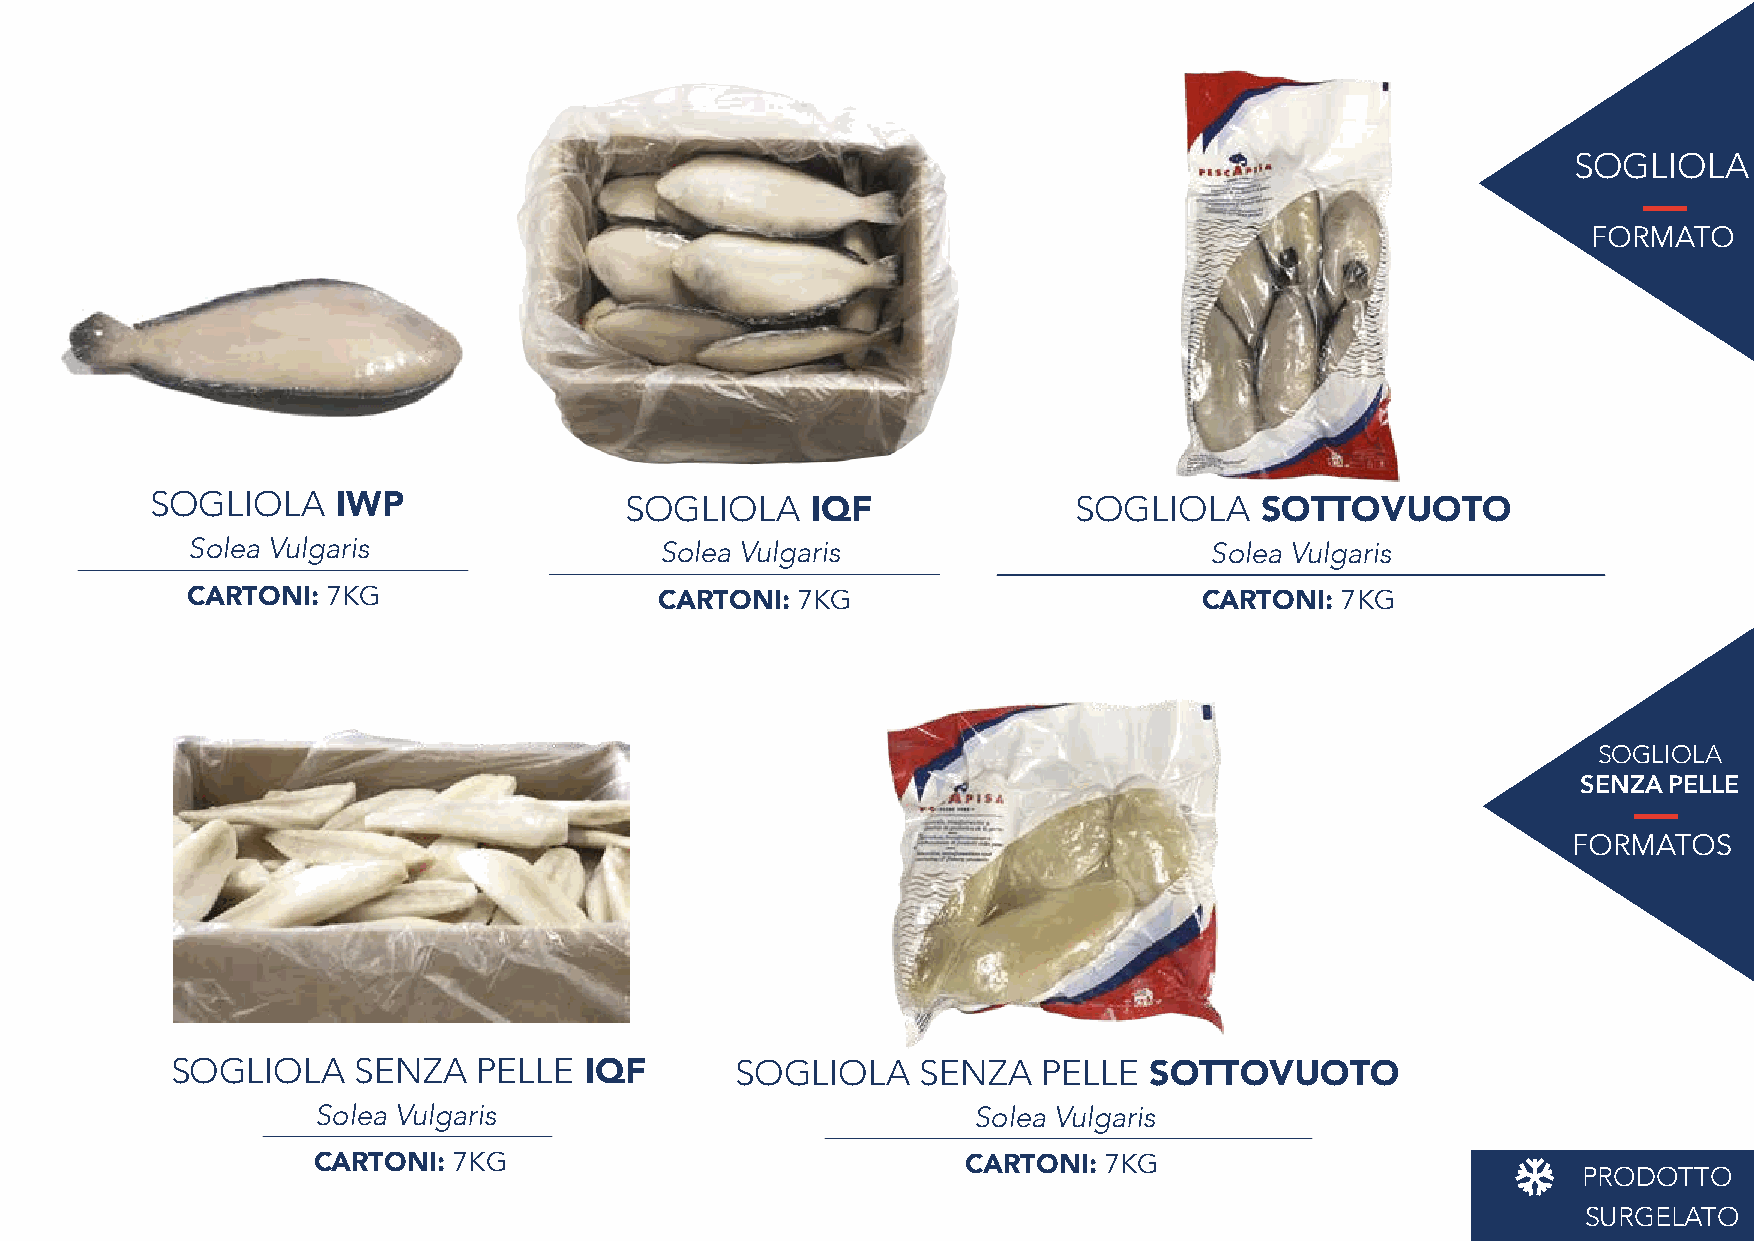
SOGLIOLA
 FORMATO
 SOGLIOLA    IWP                SOGLIOLA     IQF              SOGLIOLA    SOTTOVUOTO
 Solea Vulgaris                  Solea Vulgaris                      Solea Vulgaris
 CARTONI:  7KG                   CARTONI: 7KG                        CARTONI: 7KG
 SOGLIOLA
 SENZA PELLE
 FORMATOS
 SOGLIOLA     SENZA   PELLE  IQF       SOGLIOLA    SENZA   PELLE  SOTTOVUOTO
 Solea Vulgaris                             Solea Vulgaris
 CARTONI: 7KG                               CARTONI: 7KG
 PRODOTTO
 SURGELATO